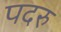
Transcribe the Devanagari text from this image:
पदरु